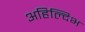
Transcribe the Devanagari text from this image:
अहिल्दिभ